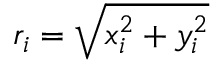
r _ { i } = \sqrt { x _ { i } ^ { 2 } + y _ { i } ^ { 2 } }